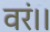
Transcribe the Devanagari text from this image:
वरं।।